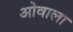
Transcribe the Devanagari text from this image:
ओवाला